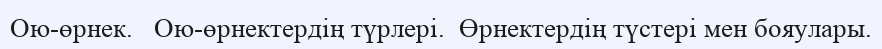
Ою-өрнек.   Ою-өрнектердің түрлері.  Өрнектердің түстері мен бояулары.